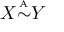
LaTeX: X { \overset { \underset { \mathrm { A } } { } } { \sim } } Y